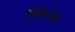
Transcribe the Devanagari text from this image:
शंकरचा